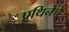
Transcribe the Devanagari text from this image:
प्रथिनेचे